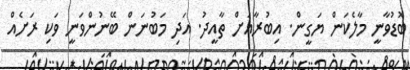
ބޮޑުވާނީ މާލެކަން ޔަގީން. އިބުރާއަށް ތާއީދު. އަދި މަބުނަން ބޭނުންވަނީ ވަކި ރަށެއް